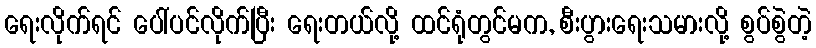
ရေးလိုက်ရင် ပေါ်ပင်လိုက်ပြီး ရေးတယ်လို့ ထင်ရုံတွင်မက, စီးပွားရေးသမားလို့ စွပ်စွဲတဲ့